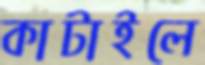
কাটাইলে